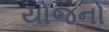
યોજનો